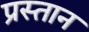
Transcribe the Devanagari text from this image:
प्रस्तान